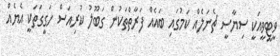
ވީޓީވީއަކީ ސިޔާސީ ޗެނަލެއް ކަމުގައި ބައެއް ފަރާތްތަކުން ގަބޫލު ކުރިއަސް ހަގީގަތަކީ އެޔެއް